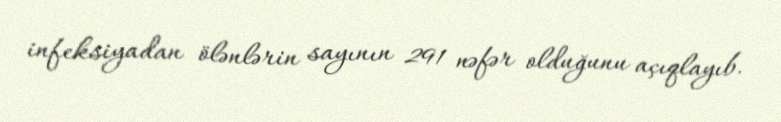
infeksiyadan ölənlərin sayının 291 nəfər olduğunu açıqlayıb.